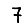
Digit: 7